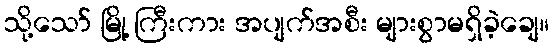
သို့သော် မြို့ ကြီးကား အပျက်အစီး များစွာမရှိခဲ့ချေ။